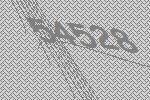
54528